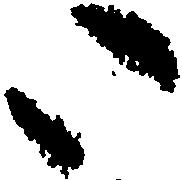
い